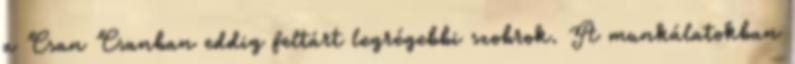
a Csan Csanban eddig feltárt legrégebbi szobrok. A munkálatokban